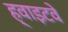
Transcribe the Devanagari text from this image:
ह्वाइटवे